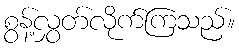
စွန့်လွှတ်လိုက်ကြသည်။